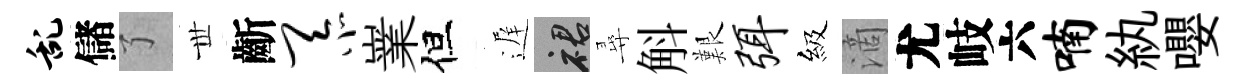
乱儲了𠀍齗忝嶪但遅裙尋斛艱弭級滴尤岐六喃紈嚶